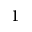
1